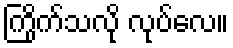
ကြိုက်သလို လုပ်လေ။